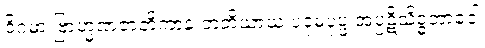
ဝိဂမာ ဗြာဟ္မဏဇာတိကာနံ တတိယာယံ ပဒုမပုပ္ဖံ အပ္ပဋိသိဒ္ဓဘာဝေါ